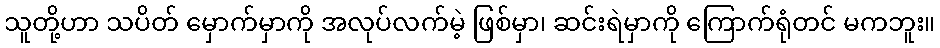
သူတို့ဟာ သပိတ် မှောက်မှာကို အလုပ်လက်မဲ့ ဖြစ်မှာ၊ ဆင်းရဲမှာကို ကြောက်ရုံတင် မကဘူး။